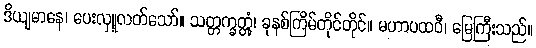
ဒိယျမာနေ၊ ပေးလှူလတ်သော်။ သတ္တက္ခတ္တုံ၊ ခုနစ်ကြိမ်တိုင်တိုင်။ မဟာပထဝီ၊ မြေကြီးသည်။